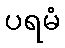
ပရမံ